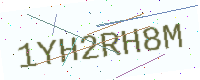
Text: 1YH2RH8M